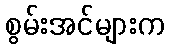
စွမ်းအင်များက